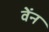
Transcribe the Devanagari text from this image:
वेंन